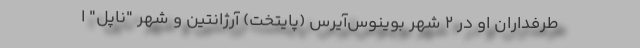
طرفداران او در 2 شهر بوینوس‌آیرس (پایتخت) آرژانتین و شهر "ناپل" ا